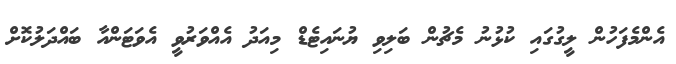
އެންމެފަހުން ލީގުގައި ކުޅުނު މެޗުން ބަލިވި ޔުނައިޓެޑް މިއަދު އެއްވަރުވީ އެވަޓަންއާ ބައްދަލުކޮށް